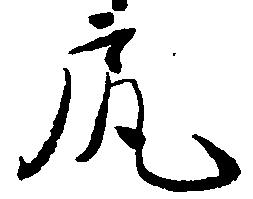
尻